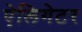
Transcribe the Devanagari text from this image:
ऐलिगेटर